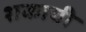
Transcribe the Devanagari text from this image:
शकाची